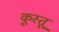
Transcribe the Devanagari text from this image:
कूस्तू